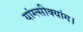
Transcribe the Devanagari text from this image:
यांग्त्सीक्यांग।